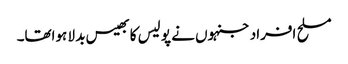
مسلح افراد جنہوں نے پو لیس کا بھیس بد لا ہواتھا۔